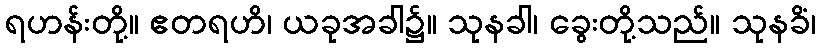
ရဟန်းတို့။ ဧတရဟိ၊ ယခုအခါ၌။ သုနခါ၊ ခွေးတို့သည်။ သုနခိံ၊